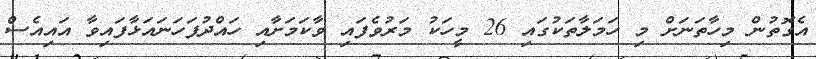
އެގޮތުން މިހާތަނަށް މި ހަމަލާތަކުގައި 26 މީހަކު މަރުވެފައި ވާކަމަށާއި ހައްދުފަހަނައަޅާފައިވާ އައިއެސް